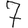
Digit: 7